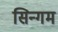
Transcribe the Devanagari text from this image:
सिन्गम